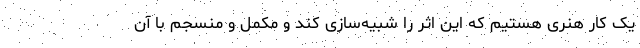
یک کار هنری هستیم که این اثر را شبیه‌سازی کند و مکمل و منسجم با آن